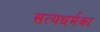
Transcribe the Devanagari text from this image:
सत्यधर्मका